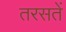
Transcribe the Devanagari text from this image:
तरसतें